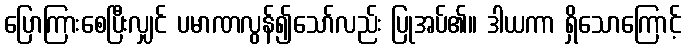
ပြောကြားစေပြီးလျှင် ပမာဏလွန်၍သော်လည်း ပြုအပ်၏။ ဒါယကာ ရှိသောကြောင့်